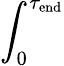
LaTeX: \int_{0}^{\tau_{\mathrm{end}}}